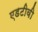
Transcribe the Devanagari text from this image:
एडटीवी